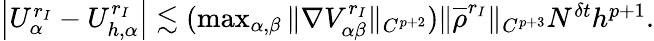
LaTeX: \begin{array}{r}{\left|{U_{\alpha}^{r_{I}}}-{U_{h,\alpha}^{r_{I}}}\right|\lesssim(\operatorname*{max}_{\alpha,\beta}\| \nabla{V_{\alpha\beta}^{r_{I}}}\| _{C^{p+2}})\| \overline{{\rho}}^{r_{I}}\| _{C^{p+3}}N^{\delta t}h^{p+1}.}\end{array}